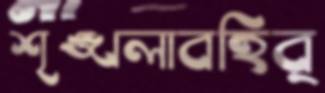
শৃঙ্খলাবহির্